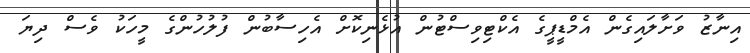
އިނާޒު ވަށާލައިގެން އެމްޑީޕީގެ އެކްޓިވިސްޓުން އުޅެނިކޮށް އެހިސާބުން ފުލުހުންގެ މީހަކު ވެސް ދިޔަ